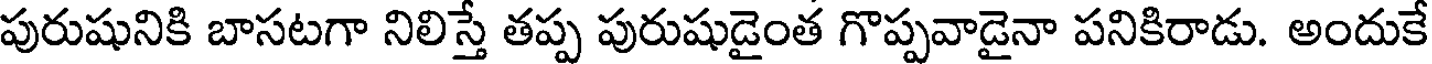
పురుషునికి బాసటగా నిలిస్తే తప్ప పురుషుడైంత గొప్పవాడైనా పనికిరాడు. అందుకే